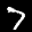
Label: 7